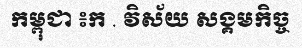
កម្ពុជា ៖ក . វិស័យ សង្គមកិច្ច